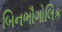
બિનભૌગોલિક